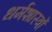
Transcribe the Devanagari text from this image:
धर्मशास्‍त्रों